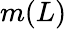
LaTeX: m(L)